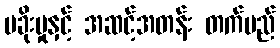
မခိုးမှုနှင့် အဆင့်အတန်း တက်မည်